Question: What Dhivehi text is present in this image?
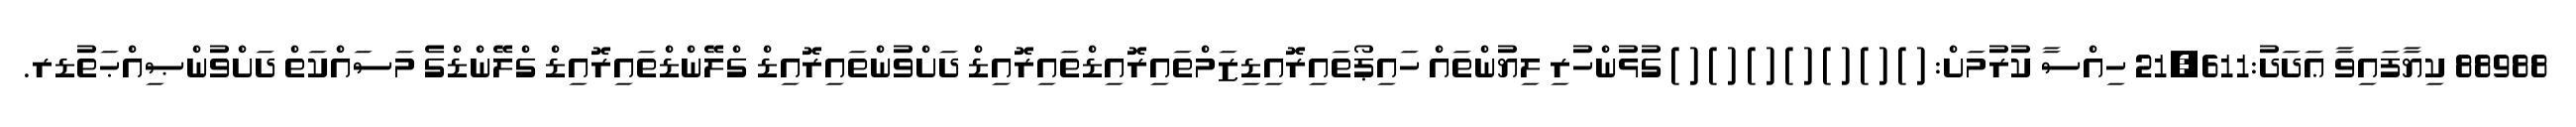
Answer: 88988 ކިޔާފައިވާ ޢަދަދު:21,611 ހިއްސާ ކުރުމަށް: ( ) ( ) ( ) ( ) ( ) ( ) ( ) ގުޅުންހުރި ލިޔުންތައް ހައިޕޯތައިރޮއިޑިޒަމްތައިރޮއިޑްތައިރޮއިޑް ދަށްވުންތައިރޮއިޑް ގްލޭންޑްތައިރޮއިޑް ގްލޭންޑްގެ މަސައްކަތް ދަށްވުންޞިއްޙަތުޑރ.